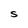
Character: S